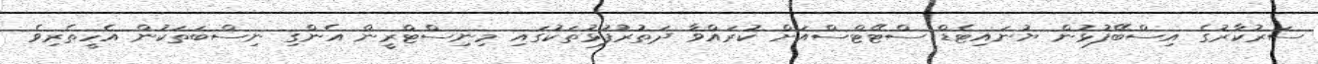
ސަރުކާރުގެ އިސްބޭފުޅުން ޔުނައިޓެޑް ސްޓޭޓްސްއަށް ކުރައްވާ ދަތުރުފުޅުތަކުގައި މިނިސްޓްރީން އެންގި ނިސްބަތަކުން އެހީތެރިވެ